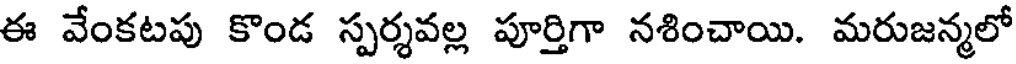
ఈ వేంకటపు కొండ స్పర్శవల్ల పూర్తిగా నశించాయి. మరుజన్మలో